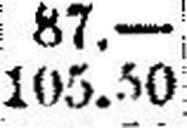
105.50